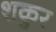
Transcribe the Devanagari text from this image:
शकुर